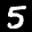
Label: 5